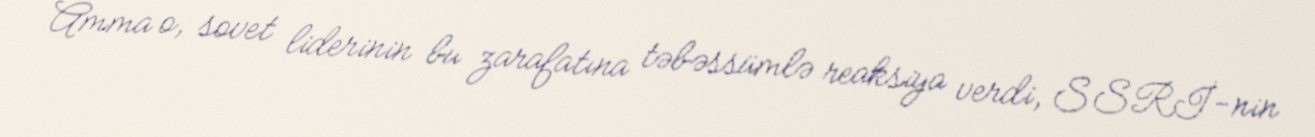
Amma o, sovet liderinin bu zarafatına təbəssümlə reaksiya verdi, SSRİ-nin